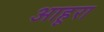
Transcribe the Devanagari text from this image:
आहूरा